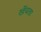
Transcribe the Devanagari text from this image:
खेंचता